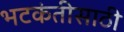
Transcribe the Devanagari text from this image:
भटकंतीसाठी